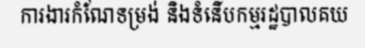
ការងារកំណែទម្រង់ និងទំនើបកម្មរដ្ឋបាលគយ